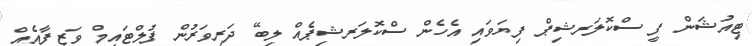
ޓިއުޝަން ފީ ސްކޮލަރޝިޕް ފިޔަވައި އެހެން ސްކޮލަރޝިޕެއް ލިބޭ ދަރިވަރުން ފުލްޓައިމް ވަޒީފާއެއް